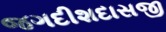
જગદીશદાસજી